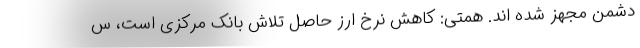
دشمن مجهز شده اند. همتی: کاهش نرخ ارز حاصل تلاش بانک مرکزی است، س